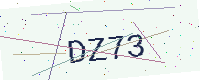
Text: DZ73